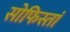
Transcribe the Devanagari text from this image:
सोफिस्तां